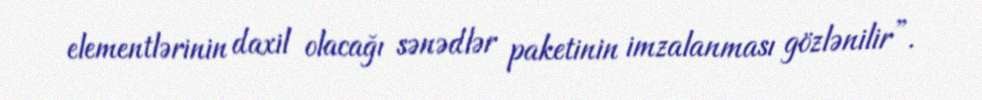
elementlərinin daxil olacağı sənədlər paketinin imzalanması gözlənilir”.